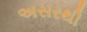
અસરથી